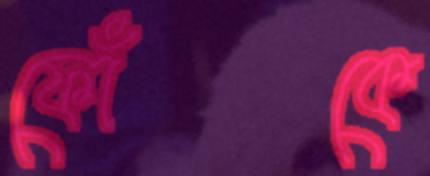
ফোঁকে